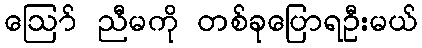
ဪ ညီမကို တစ်ခုပြောရဦးမယ်